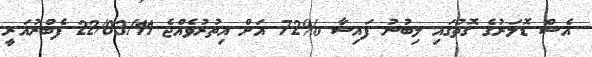
އެސް ޑޮލަރުގެ ގޮތުގައި ލިބުނު ފައިސާ %72 އަށް އިތުރުވެއްޖެ 22/03/11 ފެބްރުއަރީ